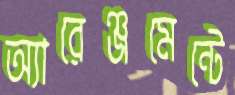
অ্যারেঞ্জমেন্টে